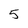
Character: 5